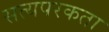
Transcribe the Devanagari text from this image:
सत्यपरकता